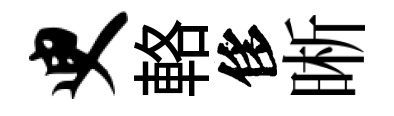
臾輅侈晰